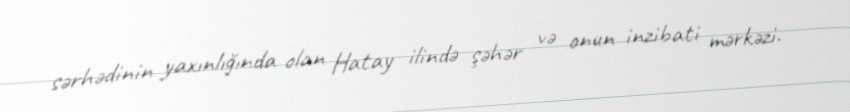
sərhədinin yaxınlığında olan Hatay ilində şəhər və onun inzibati mərkəzi.